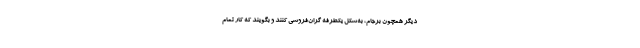
دیگر همچون برجام، به‌شکل یکطرفه گران‌فروشی کنند و بگویند که کار تمام